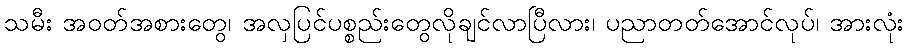
သမီး အဝတ်အစားတွေ၊ အလှပြင်ပစ္စည်းတွေလိုချင်လာပြီလား၊ ပညာတတ်အောင်လုပ်၊ အားလုံး